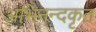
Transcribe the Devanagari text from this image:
अभिनन्दकृत